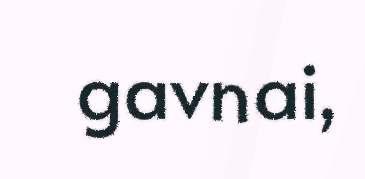
gavnai,